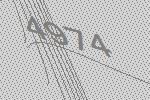
4974